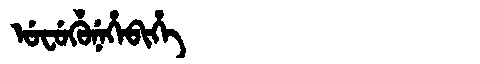
Manchu: ᡠᠸᡠᡥᡠᠨᡝᡥᡝᠪᡳᡥᡝ
Romanization: UFUHUNEHEBIHE